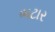
ભટાર